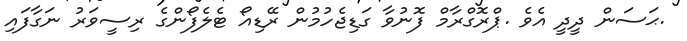
.ޙަސަން ދީދީ އެވެ .ޕްރޮގްރާމް ފޮނުވާ ގަޑިޖެހުމުން ރޭޑިއޯ ޓެލެފޯންގެ ރިސީވަރު ނަގާފައި